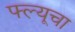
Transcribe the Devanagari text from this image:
फ्ल्यूचा